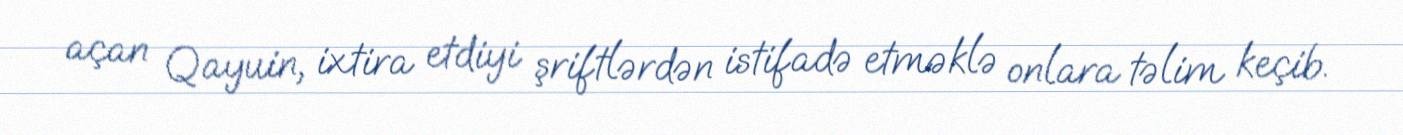
açan Qayuin, ixtira etdiyi şriftlərdən istifadə etməklə onlara təlim keçib.